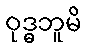
ဝုဒ္ဓဘူမိ